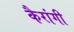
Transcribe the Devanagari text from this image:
कैरांगी